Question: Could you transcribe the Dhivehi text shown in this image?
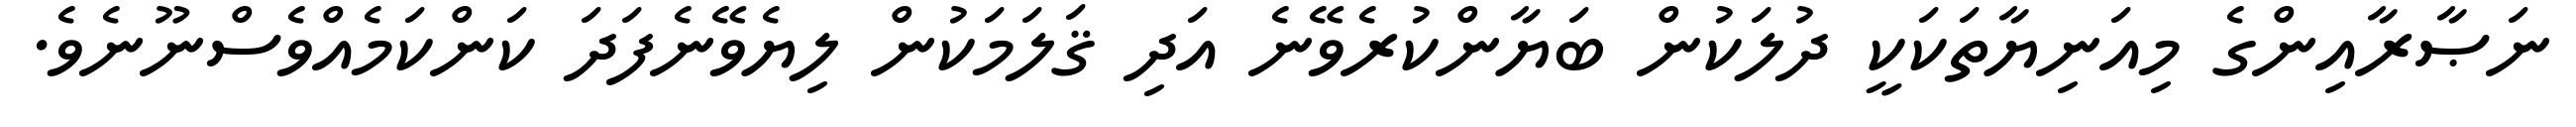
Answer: ނަޞާރާއިންގެ މިއަނިޔާތަކަކީ ދުލަކުން ބަޔާންކުރެވޭނެ އަދި ޤަލަމަކުން ލިޔެވޭނެފަދަ ކަންކަމެއްވެސްނޫނެވެ.